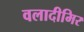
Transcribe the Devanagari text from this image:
वलादीमिर